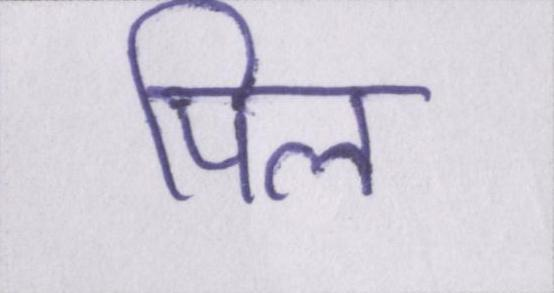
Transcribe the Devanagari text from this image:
पिल